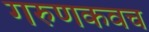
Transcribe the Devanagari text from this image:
गरुणकवच